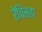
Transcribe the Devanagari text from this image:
रेविस्ता